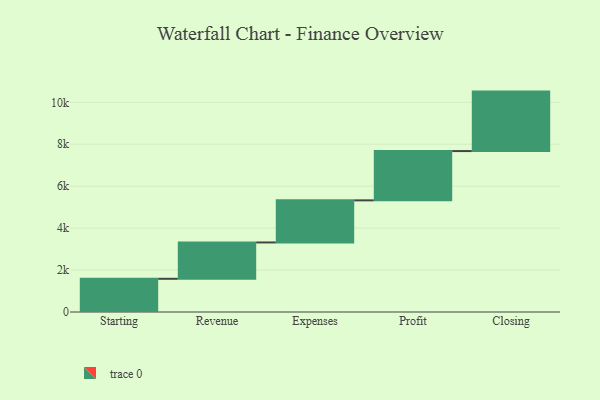
{"axis": {"x": "Step", "y": "Value"}, "legend": [""], "data": [{"x": "Starting", "y": 1584.0, "type": ""}, {"x": "Revenue", "y": 1733.0, "type": ""}, {"x": "Expenses", "y": 2007.0, "type": ""}, {"x": "Profit", "y": 2351.0, "type": ""}, {"x": "Closing", "y": 2836.0, "type": ""}]}